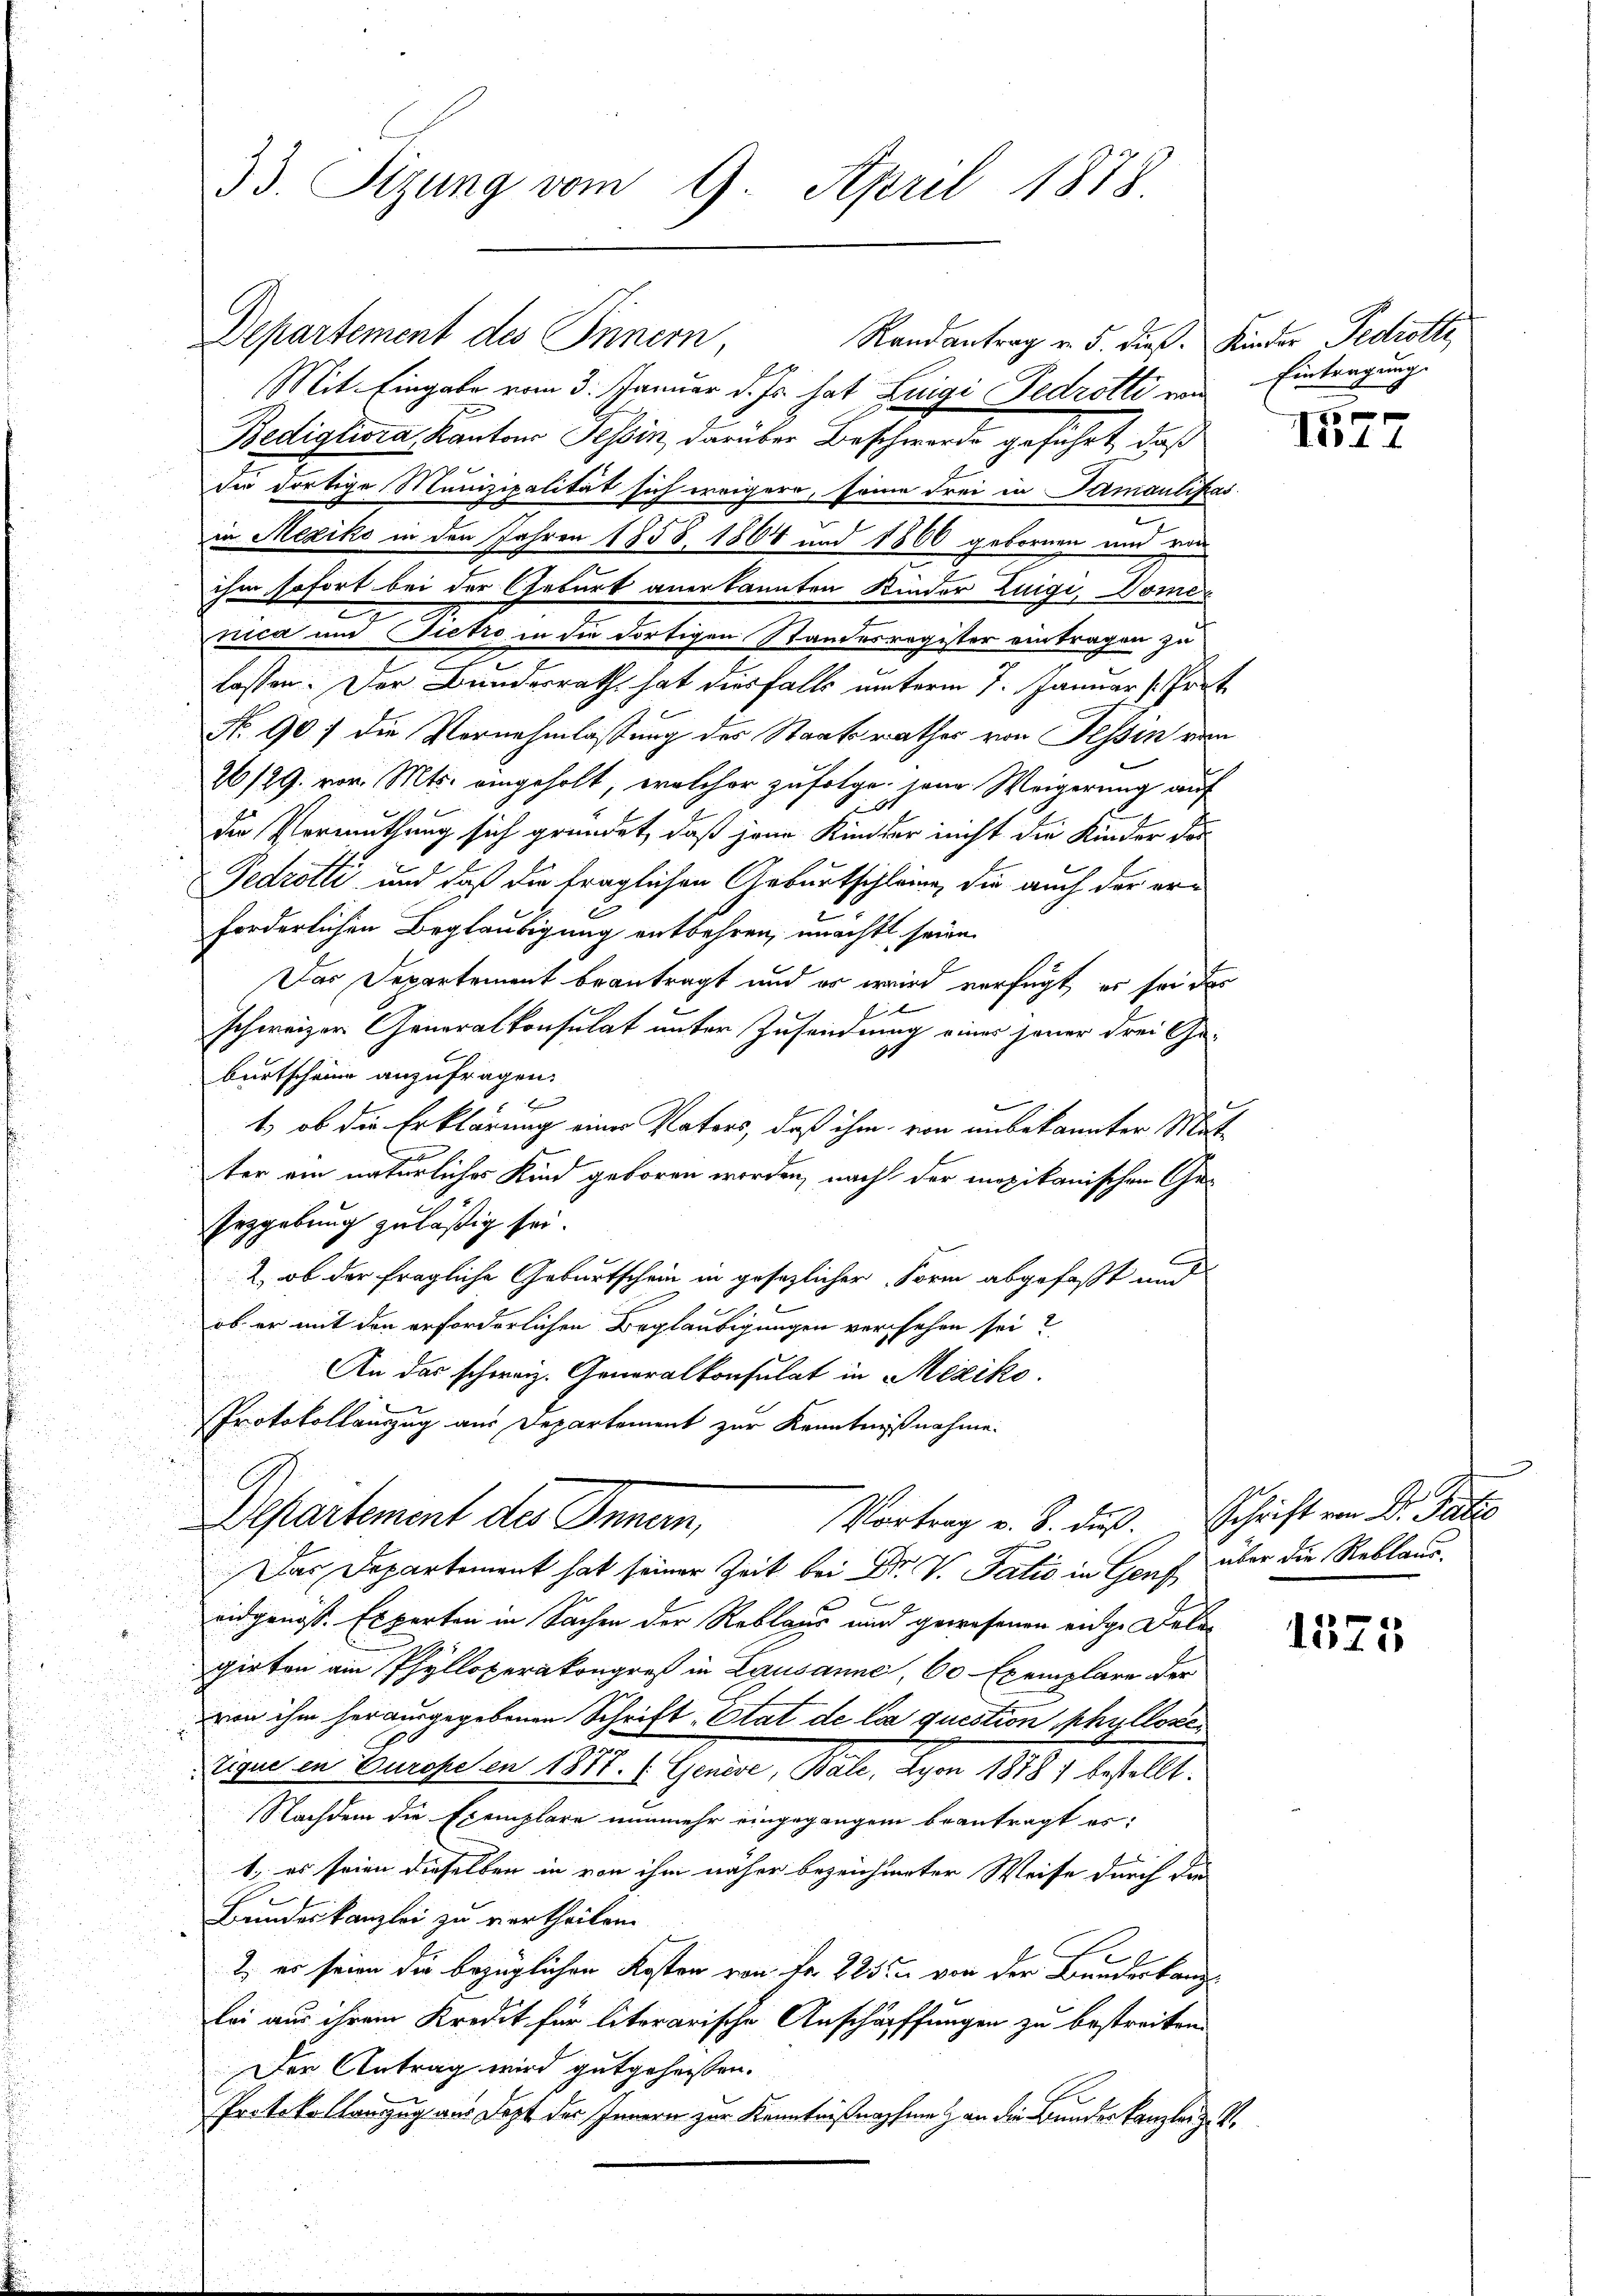
33. Sitzung vom 9. April 1878.

Departement des Innern
Randantrag v. 5. dieß. Kinder Pedrotte
Mit Eingabe vom 3. Januar d. Js. hat Luigi Fedrotti von
Bedigliora, Kantons Tessin darüber Beschwerde geführt, daß
der dortige Munizipalität sich weigern, seine drei in Parmaulifar
in Mexiko in den Jahren 1858. 1864 und 1860 gebornen und von
ihm sofort bei der Geburt anerkannten Kinder Luigi, Domen
e
nica und Pietro in die dortigen Standesregister eintragen zu
lassen. Der Bundesrath hat diesfalls unterm 7. Januar (Pro¬
No. 907 die Vornehmlassung des Staatsrathes von Tessin vie¬
26/29. von Mts. eingeholt, welcher zufolge sein Weigerung auf
i
der Vermuthung sich gründet, daß jene Kinder nicht die Kinder der
Fedrötli und daß die fraglichen Geburtschleine, die auch der erforderlichen Beglaubigung entbehren, unacht seien
Das Departement beantragt und er wird verfügt, es sei das
schweizer Generalkonsulat unter Zusendung einer jener drei Ge-
burtscheine anzufragen.
b
.
1.) ob die Erklärung einer Vaters, daß ihm von unbekannter Mitter ein natürliches Kind geboren worden, nach der mexikanischen Ge¬
Erzgebung zuläßig sei.
2, ob der fragliche Geburtschein in gesezlicher Form abgefaßt und
i
ob er mit den erforderlichen Beglaubigungen versehen sei?
An das schweiz. Generalkonsulat in Mexiko
Protokollauszug aus Departement zur Kenntnißnahme.
Vortrag v. 8. daß. Schrift von Dr. Patio
Departement des Innen,
Das Departement hat seiner Zeit bei Dr. V. Talić in Gouf über die Reblauseidgenoss. Experten in Sachen der Reblaus wird gewesenen eidge Dele-
girten ain Phylloperakongreß in Lausanne, 60 Exemplare der
von ihm herausgegebenen Schrift „Etat de les question phyllosetique in Europe en 1877. 1. Genève, Bale, Lyon 1878 bestellt.
Nachdem die Exemplare nunmehr eingegangen beantragt es:
1. es seien dieselben in von ihm näher bezeichneter Weise durch die
Bundeskanzlei zu vertheilen
2) es seien die bezüglichen Kosten von Fr. 225 f von der Bundeskanzlei aus ihrem Kredit für literarische Anschaffungen zu bestreiten.
Der Antrag wird gutgehassen.
Protokollanzug aus Dort des Innern zur Kenntnißnahme & an die Bundeskanzlei zu¬

Eintragung

.

1572

u

1

1575